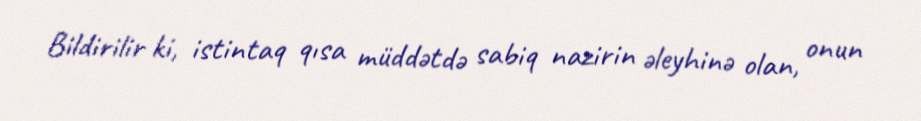
Bildirilir ki, istintaq qısa müddətdə sabiq nazirin əleyhinə olan, onun